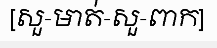
[សួ-មាត់-សួ-ពាក]